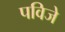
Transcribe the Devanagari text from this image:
पविजे